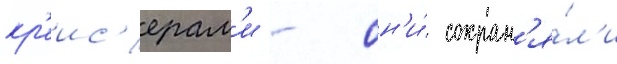
кр'еис'ерам'и - он'и́ сохран'я́л'и